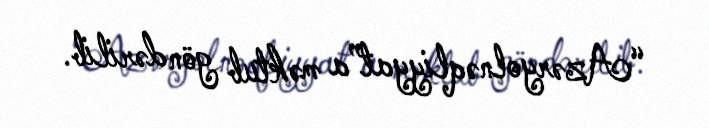
“Azəryolnəqliyyat”a məktub göndərilib.